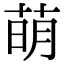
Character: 萌